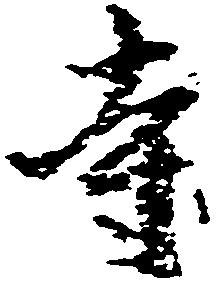
寺